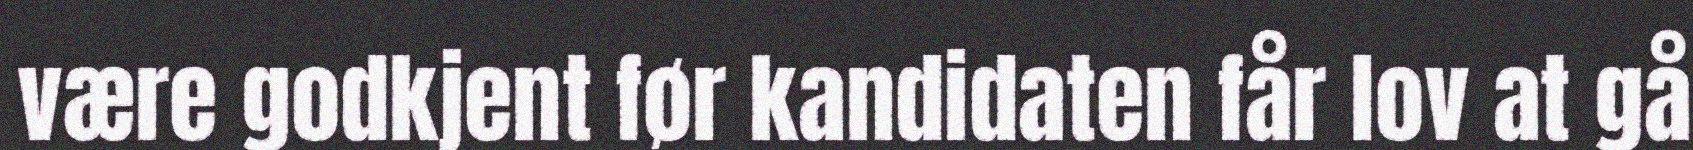
være godkjent før kandidaten får lov at gå